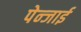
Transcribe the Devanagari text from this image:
पेन्जाई